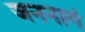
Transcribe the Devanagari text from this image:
जननागं